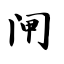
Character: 闸